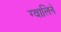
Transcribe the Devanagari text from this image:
ग्वालिनें